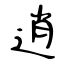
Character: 逍